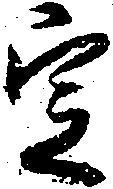
定